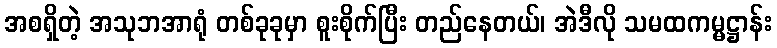
အစရှိတဲ့ အသုဘအာရုံ တစ်ခုခုမှာ စူးစိုက်ပြီး တည်နေတယ်၊ အဲဒီလို သမထကမ္မဋ္ဌာန်း